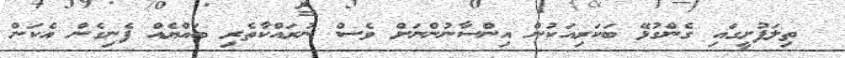
ތިލަފުށީގައި ގެންގުޅޭ ބަކަރިއަކުން އިންސާނުންނަށް ވެސް ނުރައްކާތެރި ބައްޔެއް ފެނިގެން އެކަން